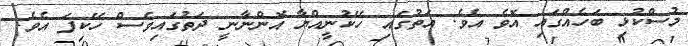
މުސްކުޅި ބަހެއްގައި އޮވެ އެވެ. އަތުގައި ހޭކުނީއްޔާ އޮންނާނީ ދަތުގައިވެސް ހޭކިފަ އެވެ.